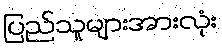
ပြည်သူများအားလုံး